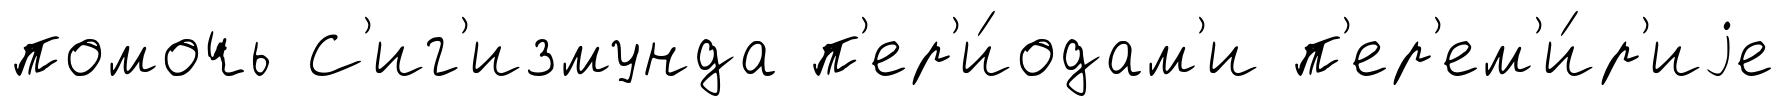
помочь С'иг'измунда п'ер'и́одам'и п'ер'ем'и́р'иjе